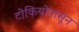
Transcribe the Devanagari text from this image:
टोकियोपासून